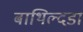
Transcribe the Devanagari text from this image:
बाथिल्दडा